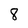
Character: 8